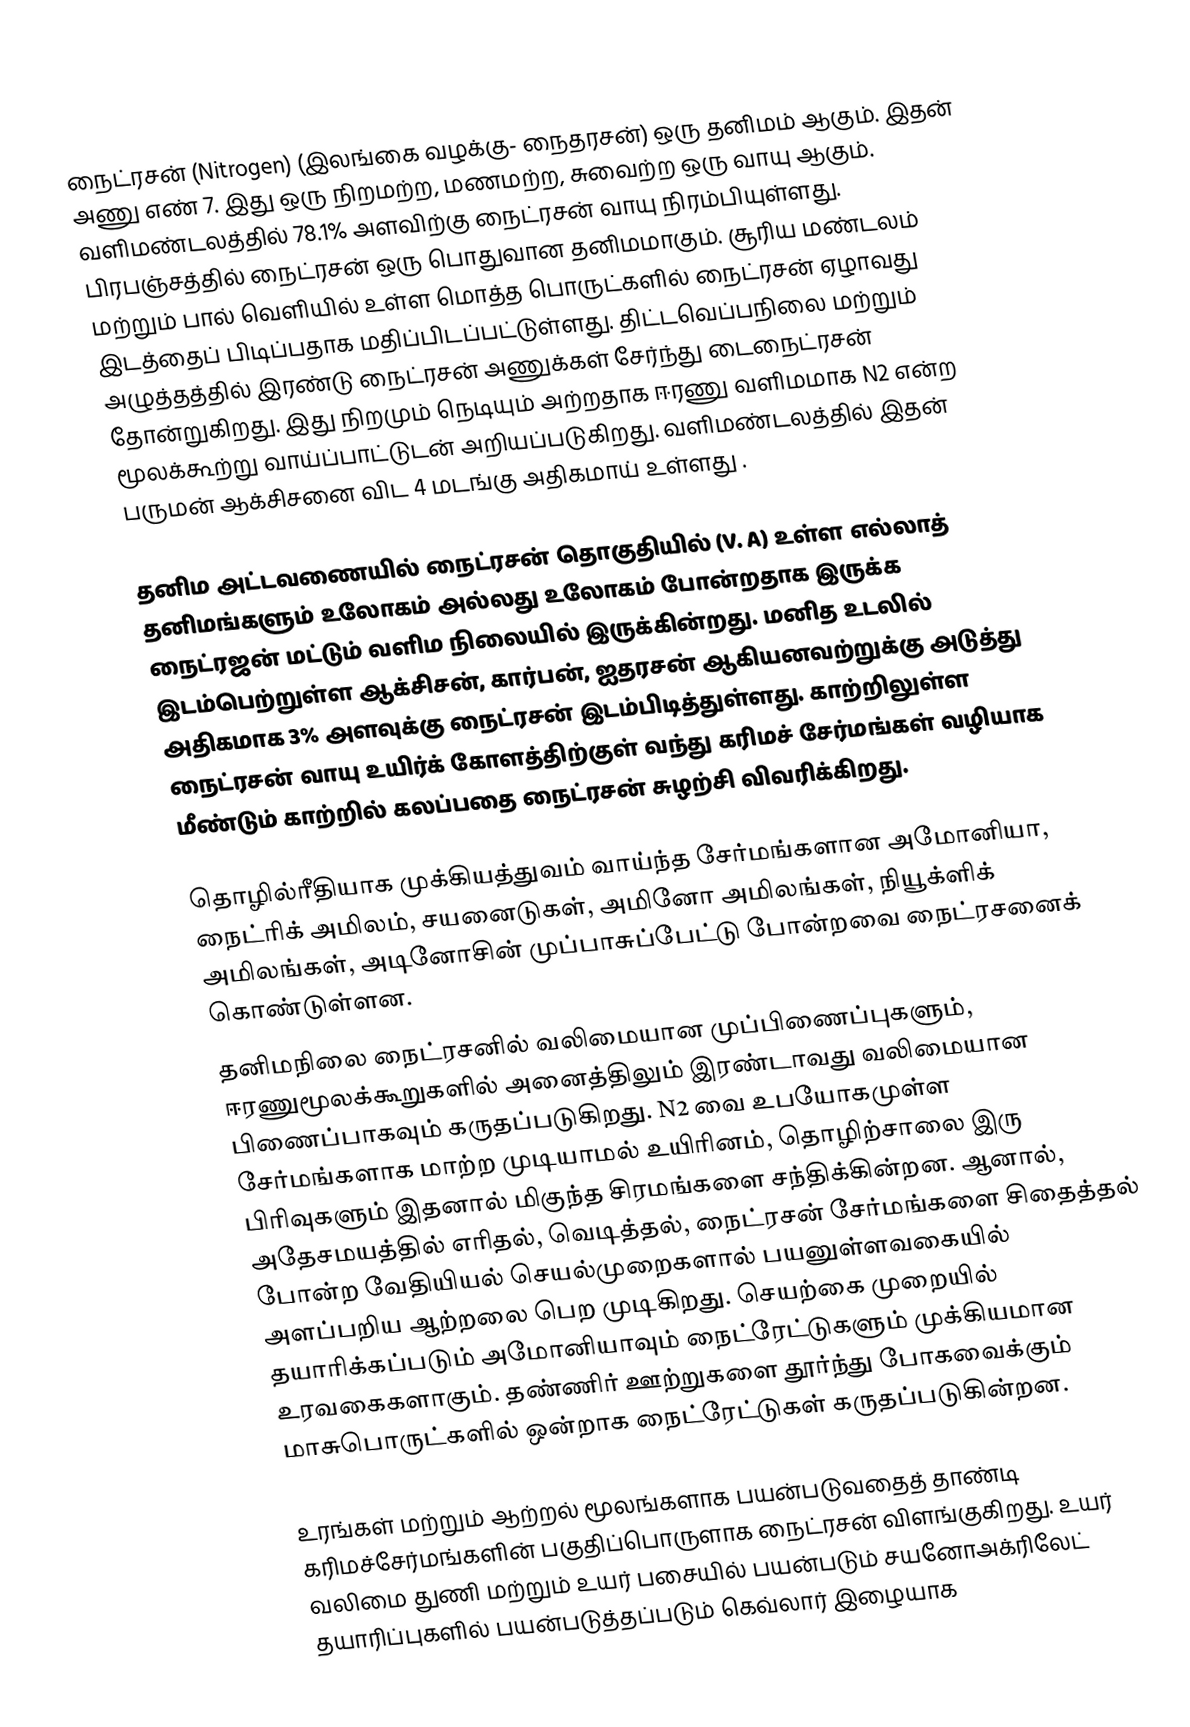
நைட்ரசன் (Nitrogen) (இலங்கை வழக்கு- நைதரசன்) ஒரு தனிமம் ஆகும். இதன் அணு எண் 7. இது ஒரு நிறமற்ற, மணமற்ற, சுவைற்ற ஒரு வாயு ஆகும். வளிமண்டலத்தில் 78.1% அளவிற்கு நைட்ரசன் வாயு நிரம்பியுள்ளது. பிரபஞ்சத்தில் நைட்ரசன் ஒரு பொதுவான தனிமமாகும். சூரிய மண்டலம் மற்றும் பால் வெளியில் உள்ள மொத்த பொருட்களில் நைட்ரசன் ஏழாவது இடத்தைப் பிடிப்பதாக மதிப்பிடப்பட்டுள்ளது. திட்டவெப்பநிலை மற்றும் அழுத்தத்தில் இரண்டு நைட்ரசன் அணுக்கள் சேர்ந்து டைநைட்ரசன் தோன்றுகிறது. இது நிறமும் நெடியும் அற்றதாக ஈரணு வளிமமாக N2  என்ற மூலக்கூற்று வாய்ப்பாட்டுடன் அறியப்படுகிறது. வளிமண்டலத்தில் இதன் பருமன் ஆக்சிசனை விட 4 மடங்கு அதிகமாய் உள்ளது .

தனிம அட்டவணையில் நைட்ரசன் தொகுதியில் (V. A) உள்ள எல்லாத் தனிமங்களும் உலோகம் அல்லது உலோகம் போன்றதாக இருக்க நைட்ரஜன் மட்டும் வளிம நிலையில் இருக்கின்றது. மனித உடலில் இடம்பெற்றுள்ள ஆக்சிசன், கார்பன், ஐதரசன் ஆகியனவற்றுக்கு அடுத்து அதிகமாக 3% அளவுக்கு நைட்ரசன் இடம்பிடித்துள்ளது. காற்றிலுள்ள நைட்ரசன் வாயு உயிர்க் கோளத்திற்குள் வந்து கரிமச் சேர்மங்கள் வழியாக மீண்டும் காற்றில் கலப்பதை  நைட்ரசன் சுழற்சி விவரிக்கிறது.

தொழில்ரீதியாக முக்கியத்துவம் வாய்ந்த சேர்மங்களான அமோனியா, நைட்ரிக் அமிலம், சயனைடுகள், அமினோ அமிலங்கள், நியூக்ளிக் அமிலங்கள், அடினோசின் முப்பாசுப்பேட்டு  போன்றவை நைட்ரசனைக் கொண்டுள்ளன.
தனிமநிலை நைட்ரசனில் வலிமையான முப்பிணைப்புகளும், ஈரணுமூலக்கூறுகளில் அனைத்திலும் இரண்டாவது வலிமையான பிணைப்பாகவும் கருதப்படுகிறது. N2 வை உபயோகமுள்ள சேர்மங்களாக மாற்ற முடியாமல் உயிரினம், தொழிற்சாலை இரு பிரிவுகளும் இதனால் மிகுந்த சிரமங்களை சந்திக்கின்றன. ஆனால், அதேசமயத்தில் எரிதல், வெடித்தல், நைட்ரசன் சேர்மங்களை சிதைத்தல் போன்ற வேதியியல் செயல்முறைகளால் பயனுள்ளவகையில் அளப்பறிய ஆற்றலை பெற முடிகிறது. செயற்கை முறையில் தயாரிக்கப்படும் அமோனியாவும் நைட்ரேட்டுகளும் முக்கியமான உரவகைகளாகும். தண்ணிர் ஊற்றுகளை தூர்ந்து போகவைக்கும் மாசுபொருட்களில் ஒன்றாக நைட்ரேட்டுகள் கருதப்படுகின்றன.

உரங்கள் மற்றும் ஆற்றல் மூலங்களாக பயன்படுவதைத் தாண்டி கரிமச்சேர்மங்களின் பகுதிப்பொருளாக நைட்ரசன் விளங்குகிறது. உயர் வலிமை துணி மற்றும் உயர் பசையில் பயன்படும் சயனோஅக்ரிலேட் தயாரிப்புகளில் பயன்படுத்தப்படும் கெவ்லார் இழையாக